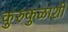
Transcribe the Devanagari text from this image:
कुरुकुळाशी